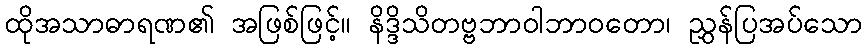
ထိုအသာဓာရဏ၏ အဖြစ်ဖြင့်။ နိဒ္ဒိသိတဗ္ဗဘာဝါဘာဝတော၊ ညွှန်ပြအပ်သော